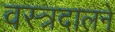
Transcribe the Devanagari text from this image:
वस्त्रदालने